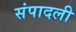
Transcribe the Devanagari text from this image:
संपादली